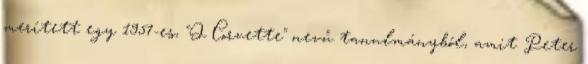
merített egy 1957-es, "Q Corvette" nevű tanulmányból, amit Peter